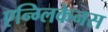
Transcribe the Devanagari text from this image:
एन्ग्लिकेनस